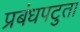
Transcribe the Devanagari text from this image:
प्रबंधपटुता